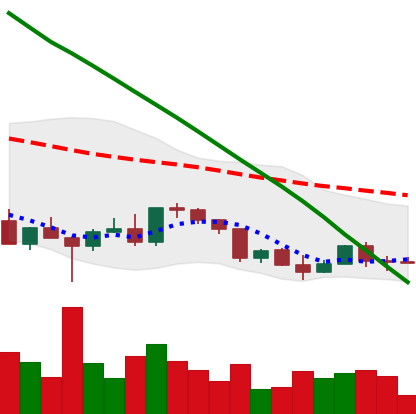
Ticker: EOS-USD
Chart end date: 2022-03-12
Forward return: 5.717%
Label: up_5_7